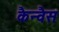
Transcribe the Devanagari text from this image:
कैन्वैस